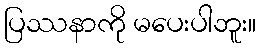
ပြဿနာကို မပေးပါဘူး။